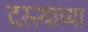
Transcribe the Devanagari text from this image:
दस्त्याच्या